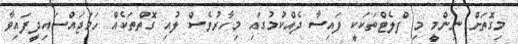
މިގޮތަށް ނިންމީ މި ފްލެޓްތަކަކީ ފައިސާ ދެއްކުމުގައި މިހާރުވެސް ލުއި ގޮތްތަކެއް ހަަމަޖައްސައިދީފައިވާ